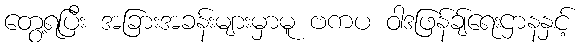
တွေ့ရပြီး အခြားအခန်းများမှာမူ ဗကပ ဝါဒဖြန်ချ်ရေးဌာနနှင့်